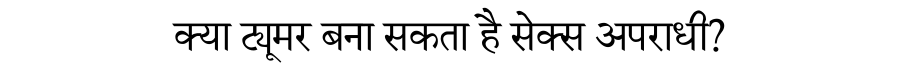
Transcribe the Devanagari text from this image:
क्या ट्यूमर बना सकता है सेक्स अपराधी?